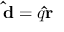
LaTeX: \mathbf { \hat { d } } = q \mathbf { \hat { r } }